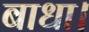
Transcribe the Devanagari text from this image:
बाधा।